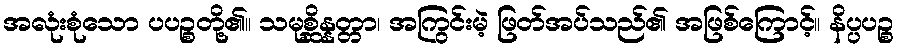
အလုံးစုံသော ပပဉ္စတို့၏။ သမုစ္ဆိန္နတ္တာ၊ အကြွင်းမဲ့ ဖြတ်အပ်သည်၏ အဖြစ်ကြောင့်။ နိပ္ပပဉ္စ